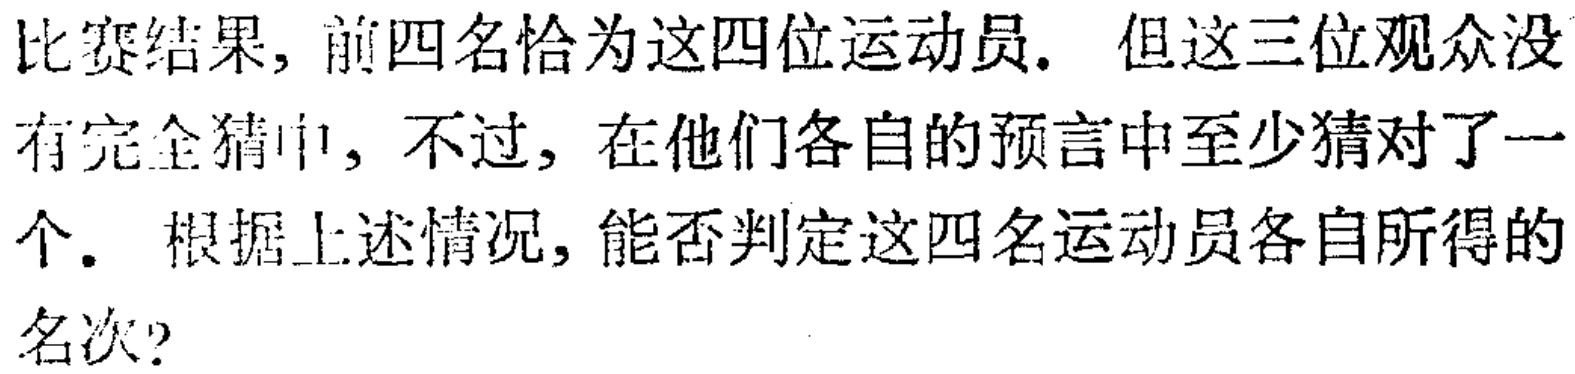
比赛结果，前四名恰为这四位运动员. 但这三位观众没有完全猜中，不过，在他们各自的预言中至少猜对了一个. 根据上述情况，能否判定这四名运动员各自所得的名次?